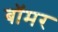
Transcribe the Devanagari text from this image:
बॉमर